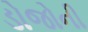
ડોજોની